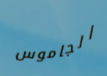
الجاموس